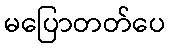
မပြောတတ်ပေ